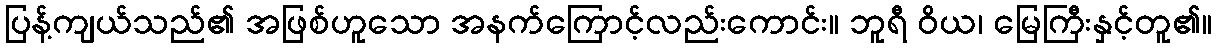
ပြန့်ကျယ်သည်၏ အဖြစ်ဟူသော အနက်ကြောင့်လည်းကောင်း။ ဘူရီ ဝိယ၊ မြေကြီးနှင့်တူ၏။